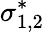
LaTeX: \sigma_{1,2}^{*}